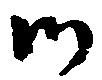
御